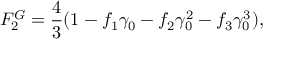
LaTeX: F _ { 2 } ^ { G } = \frac { 4 } { 3 } ( 1 - f _ { 1 } \gamma _ { 0 } - f _ { 2 } \gamma _ { 0 } ^ { 2 } - f _ { 3 } \gamma _ { 0 } ^ { 3 } ) ,